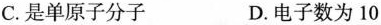
C.是单原子分子 D.电子数为10